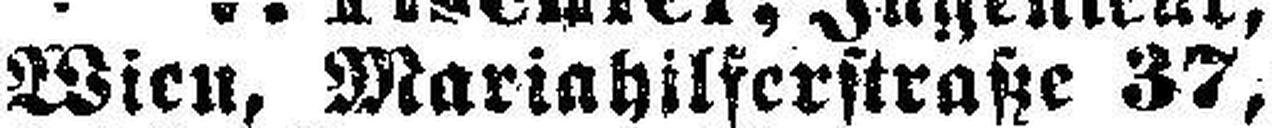
Wien, Mariahilferstraße 37,